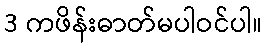
3 ကဖိန်းဓာတ်မပါဝင်ပါ။